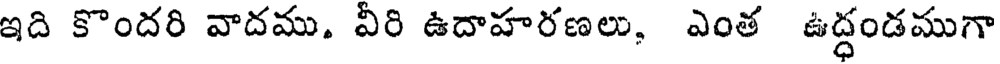
ఇది కొందరి వాదము. వీరి ఉదాహరణలు, ఎంత ఉద్ధండముగా